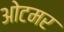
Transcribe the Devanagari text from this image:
ओटमर